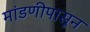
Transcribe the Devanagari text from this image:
मांडणीपासून